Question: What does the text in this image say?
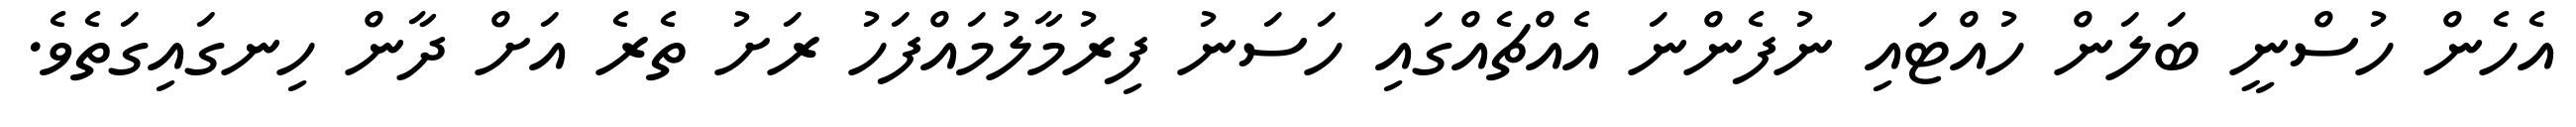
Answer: އެހެން ހުސްނީ ބަލަން ހުއްޓައި ނުފެންނަ އެއްޗެއްގައި ހަސަނު ފިރުމާލުމައްފަހު ރަށު ތެރެ އަށް ދާން ހިނގައިގަތެވެ.